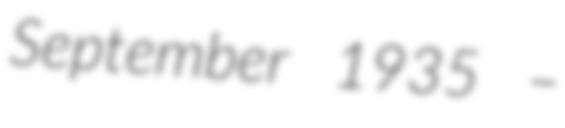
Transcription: September 1935 –